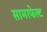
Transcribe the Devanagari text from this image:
सामरफेल्ट